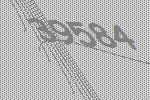
39584